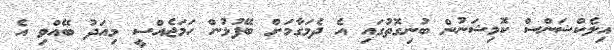
އިލެކްޝަންސް ކޮމިޝަނުން ބުނިގޮތުގައި އެ ދެމަގާމަށް ބޭފުޅުން ހަމަޖެއްސީ މިއަދު ބޭއްވި އެ